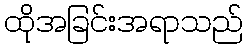
ထိုအခြင်းအရာသည်